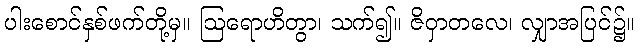
ပါးစောင်နှစ်ဖက်တို့မှ။ ဩရောဟိတွာ၊ သက်၍။ ဇိဝှာတလေ၊ လျှာအပြင်၌။